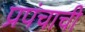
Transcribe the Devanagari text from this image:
प्रपंचाची